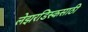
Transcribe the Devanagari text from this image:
लेझरडिस्कसाठी